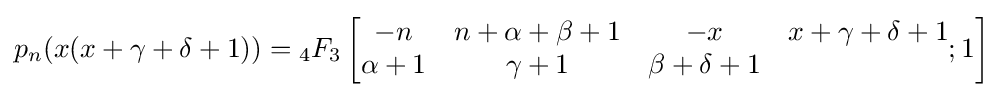
p_{n}(x(x+\gamma +\delta +1))={}_{4}F_{3}\left[{\begin{matrix}-n&n+\alpha +\beta +1&-x&x+\gamma +\delta +1\\\alpha +1&\gamma +1&\beta +\delta +1\\\end{matrix}};1\right]